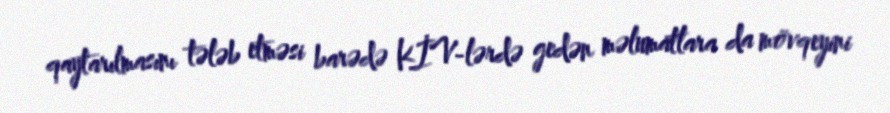
qaytarılmasını tələb etməsi barədə KİV-lərdə gedən məlumatlara da mövqeyini